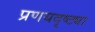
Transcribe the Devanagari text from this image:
प्रणयदृष्ट्या